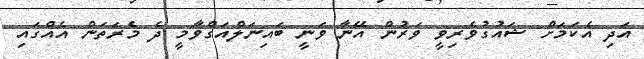
އަދި އެކަމަށް ޝައުގުވެރިވީ ވަރުން އޭނާ ވަނީ ބައިނަލްއަގްވާމީ ދެ މެރަތަން އެއްގައި